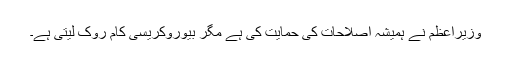
وزیراعظم نے ہمیشہ اصلاحات کی حمایت کی ہے مگر بیوروکریسی کام روک لیتی ہے۔